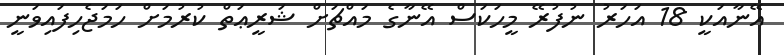
އޭނާއަކީ 18 އަހަރު ނުފުރޭ މީހަކަސް އޭނާގެ މައްޗަށް ޝަރީޢަތް ކުރުމަށް ހަމަޖެހިފައިވަނީ